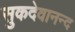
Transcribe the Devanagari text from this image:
सुकदेवानन्द